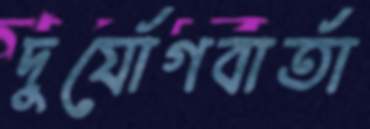
দুর্যোগবার্তা